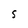
Character: S